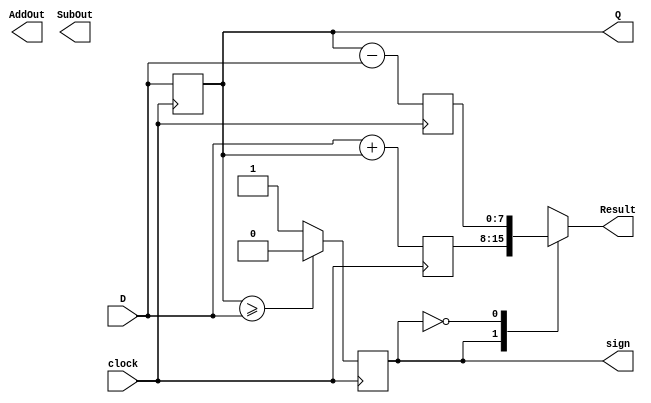
`timescale 1ns / 1ps
module ALU (Result, Q, AddOut, SubOut, sign, D, clock);
    output [7:0] Result;
    output [7:0] Q;
    output [7:0] AddOut;
    output [7:0] SubOut;
    output sign;
    input [7:0] D;
    input clock;
    
    wire [7:0] D;
    wire clock;
    reg [7:0] Q;
    reg sign;
    reg [7:0] addOut;
    reg [7:0] subOut;
    reg [7:0] Result;
    always @ (posedge clock)
    begin
    Q <= D;
    
    if(Q >= D)
    sign <= 0;
    else
    sign <= 1;
    
    addOut <= D+Q;
    subOut <= Q-D;
    
    end
    
    always @ (addOut or subOut or sign)
    begin
    case(sign)
    1:Result <= addOut;
    0:Result <= subOut;
    endcase
    end
endmodule